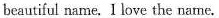
beautiful name. I love the name.